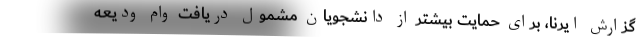
گزارش ایرنا، برای حمایت بیشتر از دانشجویان مشمول دریافت وام ودیعه